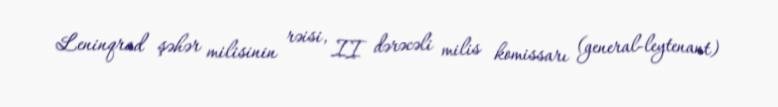
Leninqrad şəhər milisinin rəisi, II dərəcəli milis komissarı (general-leytenant)